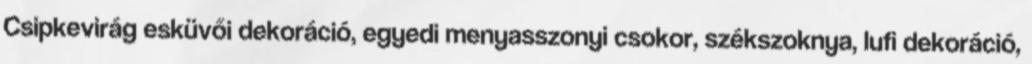
Csipkevirág esküvői dekoráció, egyedi menyasszonyi csokor, székszoknya, lufi dekoráció,